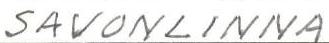
SAVONLINNA